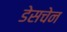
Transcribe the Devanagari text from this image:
डेसचेन